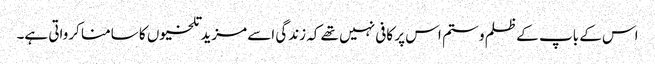
اس کے باپ کے ظلم و ستم اس پر کافی نہیں تھے کہ زندگی اسے مزید تلخیوں کا سامنا کرواتی ہے۔